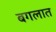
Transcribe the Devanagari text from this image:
बगलात